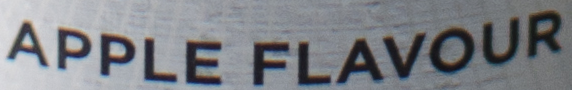
APPLE FLAVOUR